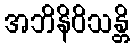
အဘိနိဝိသန္တိ